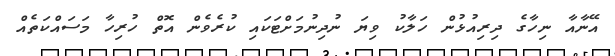
އޭނާއާ ނިހާގެ ދިރިއުޅުން ހަލާކު ވިޔަ ނުދިނުމަށްޓަކައި ކުރެވެން އޮތް ހުރިހާ މަސައްކަތެއް